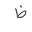
Letter: _za